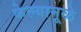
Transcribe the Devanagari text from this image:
केल्यामूळे